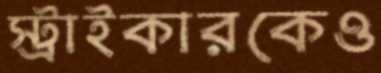
স্ট্রাইকারকেও